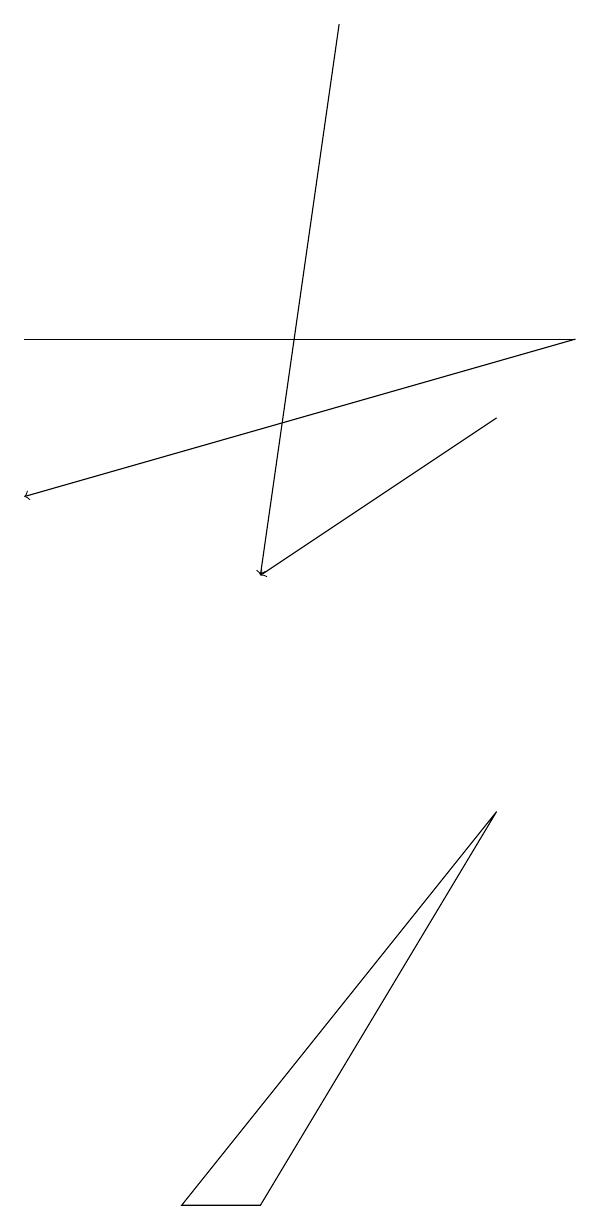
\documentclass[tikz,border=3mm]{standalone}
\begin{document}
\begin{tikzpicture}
\draw (6,9) -- (3,4) -- (2,4) -- cycle;
\draw[->] (6,14) -- (3,12);
\draw (7,15) rectangle (0,15);
\draw[->] (4,19) -- (3,12);
\draw[->] (7,15) -- (0,13);
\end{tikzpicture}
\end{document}